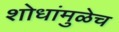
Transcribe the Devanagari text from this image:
शोधांमुळेच